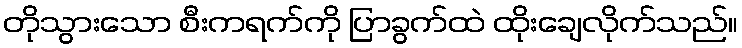
တိုသွားသော စီးကရက်ကို ပြာခွက်ထဲ ထိုးချေလိုက်သည်။